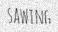
SAWING